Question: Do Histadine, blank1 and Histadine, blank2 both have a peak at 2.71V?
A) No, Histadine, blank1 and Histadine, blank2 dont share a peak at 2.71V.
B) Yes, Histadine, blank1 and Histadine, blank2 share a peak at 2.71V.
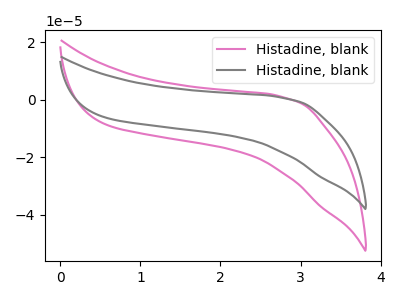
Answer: <think>The pink curve "Histadine, blank1" has no peaks. The gray curve "Histadine, blank2" has no peaks.</think>
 <answer>A) No, "Histadine, blank1" and "Histadine, blank2" dont share a peak at 2.71V.</answer>
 <eval>A</eval>